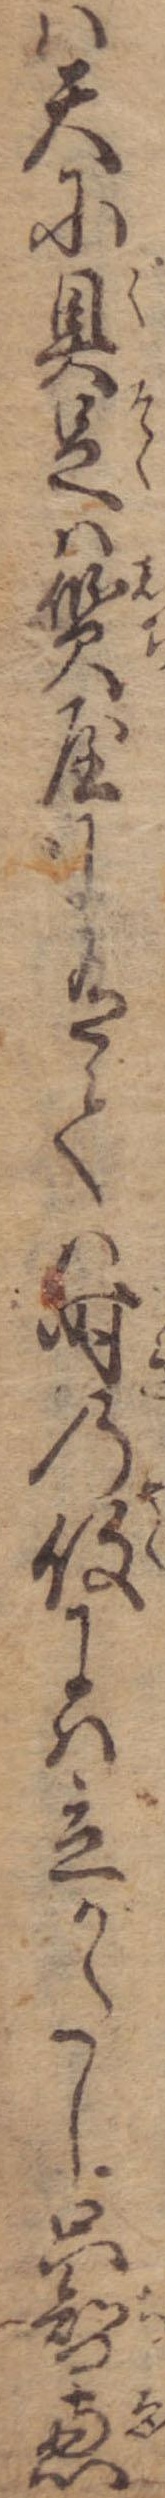
は天に具足は質屋に有ては時の役には立かたし只智恵